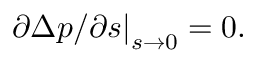
\left. { { \partial \Delta p } } / { \partial s } \right| _ { s \to 0 } = 0 .